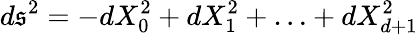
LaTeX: d\mathfrak{s}^{2}=-dX_{0}^{2}+dX_{1}^{2}+\ldots+dX_{d+1}^{2}